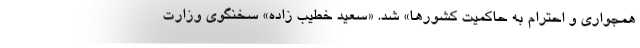
همجواری و احترام به حاکمیت‌ کشورها» شد. «سعید خطیب زاده» سخنگوی وزارت